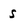
Character: s